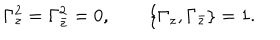
LaTeX: { \Gamma _ { z } ^ { 2 } = \Gamma _ { \bar { z } } ^ { 2 } = 0 , \qquad \{ \Gamma _ { z } , \Gamma _ { \bar { z } } \} = 1 . }